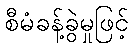
စီမံခန့်ခွဲမှုဖြင့်